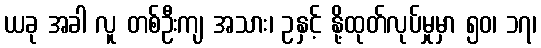
ယခု အခါ လူ တစ်ဦးကျ အသား၊ ဥနှင့် နို့ထုတ်လုပ်မှုမှာ ၅၀၊ ၁၇၊